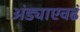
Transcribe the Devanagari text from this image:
अंड्याएवढं